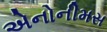
એનોનીમસ